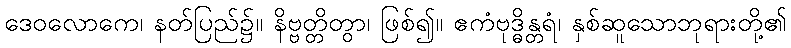
ဒေဝလောကေ၊ နတ်ပြည်၌။ နိဗ္ဗတ္တိတွာ၊ ဖြစ်၍။ ဧကံဗုဒ္ဓိန္တရံ၊ နှစ်ဆူသောဘုရားတို့၏